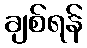
ချစ်ရန်